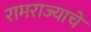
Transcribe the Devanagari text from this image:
रामराज्याचे